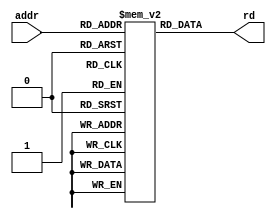
// Read-only Instruktionsspeicher
module InstructionMemory(
	input  [5:0] addr,
	output [31:0] rd
);
	reg [31:0] INSTRROM[63:0];

	assign rd = INSTRROM[addr];
endmodule

// Beschreibarer Datenspeicher
module DataMemory(
	input clk,
	input we,
	input [5:0] addr,
	input [31:0] wd,
	output [31:0] rd
);
	reg [31:0] DATARAM[63:0];

	always @(posedge clk)
		if (we) begin
			DATARAM[addr] <= wd;
		end

	assign rd = DATARAM[addr];
endmodule